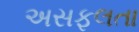
અસફલતા